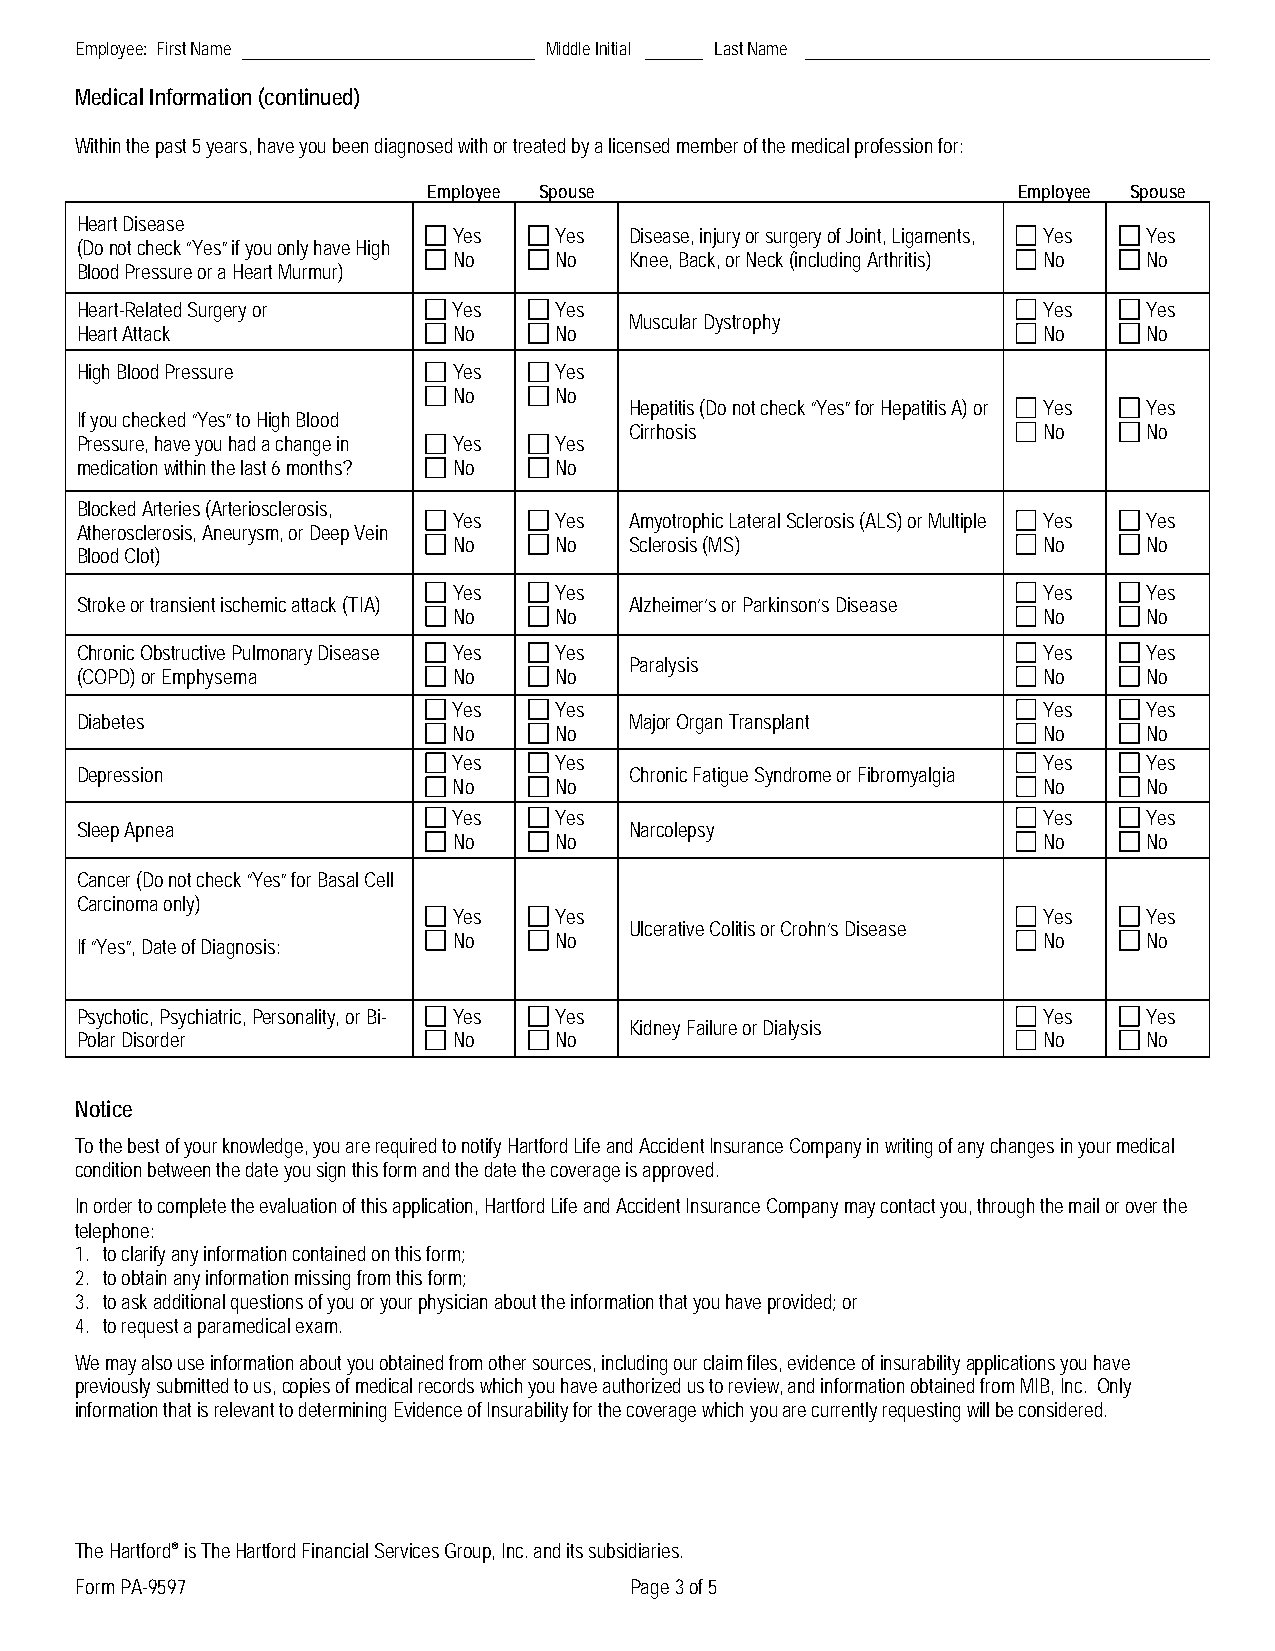
Employee: First Name           Middle Initial Last Name
 Medical Information (continued)
 Within the past 5 years, have you been diagnosed with or treated by a licensed member of the medical profession for:
 Employee Spouse                        Employee Spouse
 Heart Disease
 Yes    Yes  Disease, injury or surgery of Joint, Ligaments, Yes Yes
 (Do not check “Yes” if you only have High
 No     No   Knee, Back, or Neck (including Arthritis) No No
 Blood Pressure or a Heart Murmur)
 Heart-Related Surgery or Yes    Yes                             Yes    Yes
 Muscular Dystrophy
 Heart Attack             No     No                              No     No
 High Blood Pressure      Yes    Yes
 No     No
 Hepatitis (Do not check “Yes” for Hepatitis A) or Yes Yes
 If you checked “Yes” to High Blood
 Cirrhosis                  No     No
 Pressure, have you had a change in Yes Yes
 medication within the last 6 months? No No
 Blocked Arteries (Arteriosclerosis,
 Yes    Yes  Amyotrophic Lateral Sclerosis (ALS) or Multiple Yes Yes
 Atherosclerosis, Aneurysm, or Deep Vein
 No     No   Sclerosis (MS)             No     No
 Blood Clot)
 Yes    Yes                             Yes    Yes
 Stroke or transient ischemic attack (TIA) Alzheimer’s or Parkinson’s Disease
 No     No                              No     No
 Chronic Obstructive Pulmonary Disease Yes Yes                   Yes    Yes
 Paralysis
 (COPD) or Emphysema      No     No                              No     No
 Yes    Yes                             Yes    Yes
 Diabetes                             Major Organ Transplant
 No     No                              No     No
 Yes    Yes                             Yes    Yes
 Depression                           Chronic Fatigue Syndrome or Fibromyalgia
 No     No                              No     No
 Yes    Yes                             Yes    Yes
 Sleep Apnea                          Narcolepsy
 No     No                              No     No
 Cancer (Do not check “Yes” for Basal Cell
 Carcinoma only)
 Yes    Yes                             Yes    Yes
 Ulcerative Colitis or Crohn’s Disease
 No     No                              No     No
 If “Yes”, Date of Diagnosis:
 Psychotic, Psychiatric, Personality, or Bi- Yes Yes             Yes    Yes
 Kidney Failure or Dialysis
 Polar Disorder           No     No                              No     No
 Notice
 To the best of your knowledge, you are required to notify Hartford Life and Accident Insurance Company in writing of any changes in your medical
 condition between the date you sign this form and the date the coverage is approved.
 In order to complete the evaluation of this application, Hartford Life and Accident Insurance Company may contact you, through the mail or over the
 telephone:
 1. to clarify any information contained on this form;
 2. to obtain any information missing from this form;
 3. to ask additional questions of you or your physician about the information that you have provided; or
 4. to request a paramedical exam.
 We may also use information about you obtained from other sources, including our claim files, evidence of insurability applications you have
 previously submitted to us, copies of medical records which you have authorized us to review, and information obtained from MIB, Inc. Only
 information that is relevant to determining Evidence of Insurability for the coverage which you are currently requesting will be considered.
 The Hartford® is The Hartford Financial Services Group, Inc. and its subsidiaries.
 Form PA-9597                         Page 3 of 5